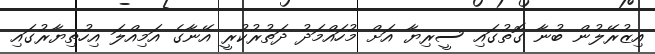
އިޒުރޭލުން ބުނާ ގޮތުގައި ސީރިޔާ އަށް މުހައްމަދު ދަތުރުކުރީ އޭނާގެ އަމިއްލަ އިހުތިޔާރުގައި